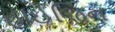
હાઈજિન